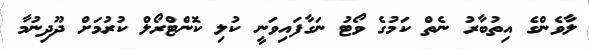
ލާވެންގެ އިތުބާރު ނެތް ކަމުގެ ވޯޓު ނަގާފައިވަނީ ކުލި ކޮންޓްރޯލް ކުރުމަށް ދޫދިނުމާ